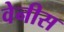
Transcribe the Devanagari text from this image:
वेनीस